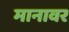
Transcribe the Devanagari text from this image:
मानावर